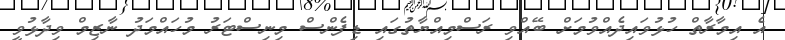
އެ އިމާރާތް ހުޅުވައިދެއްވުމަށް ބޭއްވި ރަސްމިއްޔާތުގައި ޑިފެންސް މިނިސްޓަރު މުހައްމަދު ނާޒިމް ވިދާޅުވީ